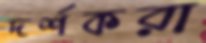
দর্শকরা